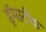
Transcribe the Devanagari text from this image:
ड्रॅमाटीक